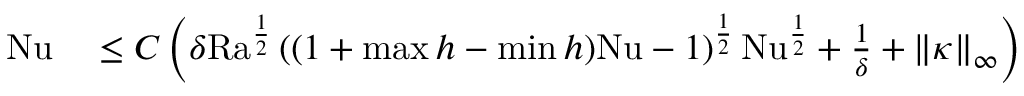
\begin{array} { r l } { \mathrm { { N u } } } & { { } \leq C \left( \delta \mathrm { { R a } } ^ { \frac { 1 } { 2 } } \left( ( 1 + \operatorname* { m a x } h - \operatorname* { m i n } h ) \mathrm { { N u } } - 1 \right) ^ { \frac { 1 } { 2 } } \mathrm { { N u } } ^ { \frac { 1 } { 2 } } + \frac { 1 } { \delta } + \| \kappa \| _ { \infty } \right) } \end{array}